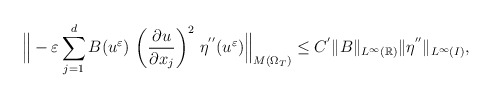
\begin{align*} \Big\| -\varepsilon \displaystyle\sum_{j=1}^{d}B(u^{\varepsilon})\,\left(\frac{\partial u}{\partial x_{j}}\right)^{2}\,\eta^{''}(u^{\varepsilon})\Big\|_{M(\Omega_{T})} \leq C^{'}\|B\|_{L^{\infty}(\mathbb{R})}\|\eta^{''}\|_{L^{\infty}(I)},\end{align*}